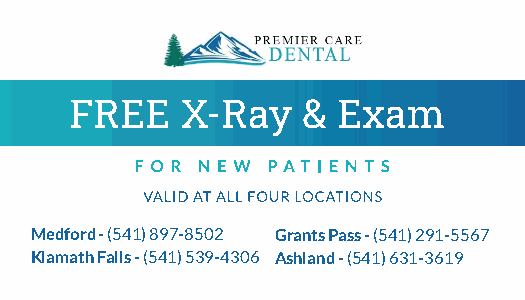
FREE   X-Ray   & Exam
 Medford - (541) 897-8502 Grants Pass - (541) 291-5567
 Klamath Falls - (541) 539-4306 Ashland - (541) 631-3619